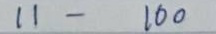
11 - 100